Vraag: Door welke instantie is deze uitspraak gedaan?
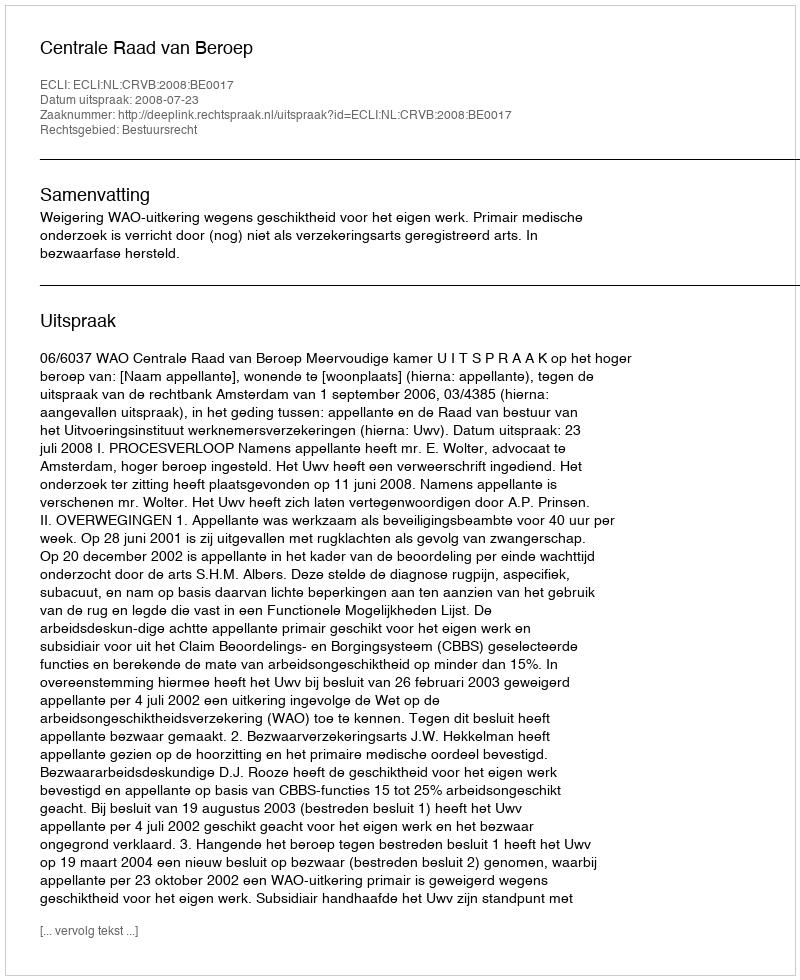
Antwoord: Centrale Raad van Beroep